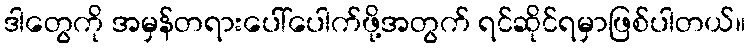
ဒါတွေကို အမှန်တရားပေါ်ပေါက်ဖို့အတွက် ရင်ဆိုင်ရမှာဖြစ်ပါတယ်။